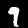
Label: 9